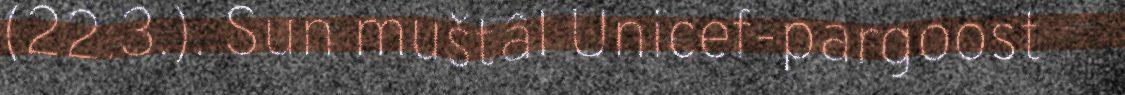
(22.3.). Sun muštâl Unicef-pargoost